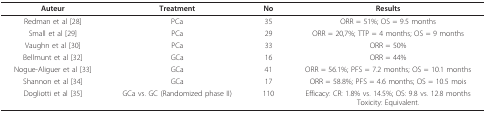
<table><thead><tr><td><b>Auteur</b></td><td><b>Treatment</b></td><td><b>No</b></td><td><b>Results</b></td></tr></thead><tbody><tr><td>Redman et al [28]</td><td>PCa</td><td>35</td><td>ORR = 51%; OS = 9.5 months</td></tr><tr><td>Small et al [29]</td><td>PCa</td><td>29</td><td>ORR = 20,7%; TTP = 4 months; OS = 9 months</td></tr><tr><td>Vaughn et al [30]</td><td>PCa</td><td>33</td><td>ORR = 50%</td></tr><tr><td>Bellmunt et al [32]</td><td>GCa</td><td>16</td><td>ORR = 44%</td></tr><tr><td>Nogue-Aliguer et al [33]</td><td>GCa</td><td>41</td><td>ORR = 56.1%; PFS = 7.2 months; OS = 10.1 months</td></tr><tr><td>Shannon et al [34]</td><td>GCa</td><td>17</td><td>ORR = 58.8%; PFS = 4.6 months; OS = 10.5 mois</td></tr><tr><td>Dogliotti et al [35]</td><td>GCa vs. GC (Randomized phase II)</td><td>110</td><td>Efficacy: CR: 1.8% vs. 14.5%; OS: 9.8 vs. 12.8 monthsToxicity: Equivalent.</td></tr></tbody></table>